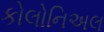
કોલોનિઅલ